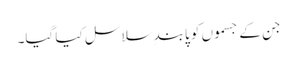
جن کے جسموں کو پابندِ سلاسل کیا گیا۔